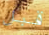
قبل